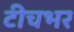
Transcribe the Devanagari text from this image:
टीचभर